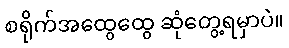
စရိုက်အထွေထွေ ဆုံတွေ့ရမှာပဲ။